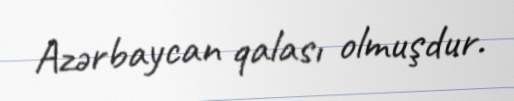
Azərbaycan qalası olmuşdur.